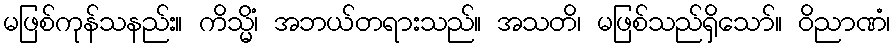
မဖြစ်ကုန်သနည်း။ ကိသ္မိံ၊ အဘယ်တရားသည်။ အသတိ၊ မဖြစ်သည်ရှိသော်။ ဝိညာဏံ၊